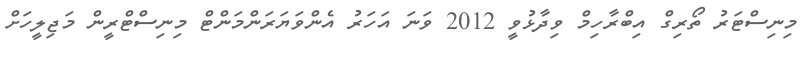
މިނިސްޓަރު ތޯރިގް އިބްރާހިމް ވިދާޅުވީ 2012 ވަނަ އަހަރު އެންވަޔަރަންމަންޓް މިނިސްޓްރީން މަޖިލީހަށް